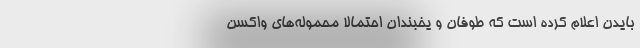
بایدن اعلام کرده است که طوفان و یخبندان احتمالاً محموله‌های واکسن